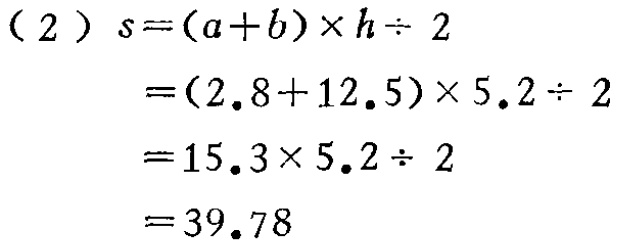
\[

\begin{align*}

(2)\ s&=(a + b)\times h\div2\\

&=(2.8 + 12.5)\times5.2\div2\\

&=15.3\times5.2\div2\\

&=39.78

\end{align*}

\]